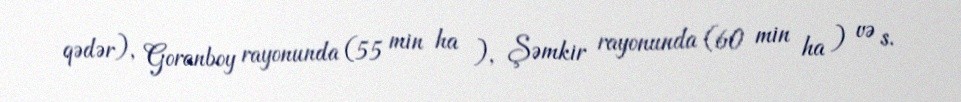
qədər), Goranboy rayonunda (55 min ha ), Şəmkir rayonunda (60 min ha ) və s.